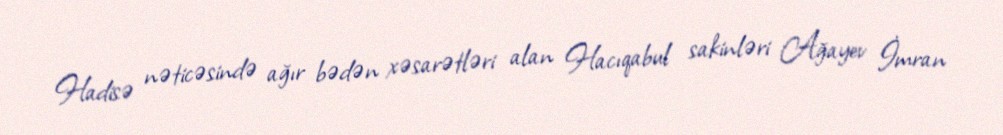
Hadisə nəticəsində ağır bədən xəsarətləri alan Hacıqabul sakinləri Ağayev İmran